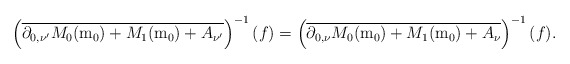
\begin{align*}\left(\overline{\partial_{0,\nu'}M_{0}(\mathrm{m}_{0})+M_{1}(\mathrm{m}_{0})+A_{\nu'}}\right)^{-1}(f)=\left(\overline{\partial_{0,\nu}M_{0}(\mathrm{m}_{0})+M_{1}(\mathrm{m}_{0})+A_{\nu}}\right)^{-1}(f).\end{align*}